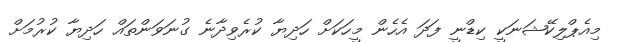
މިއެޕްލިކޭޝަނަކީ ކިޑްނީ ފަދަ އެހެން މީހަކަށް ހަދިޔާ ކުރެވިދާނެ ގުނަވަންތައް ހަދިޔާ ކުރުމަށް